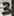
Text: 3